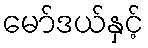
မော်ဒယ်နှင့်